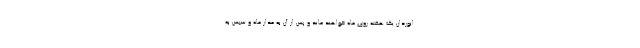
انوردان یک هفته روی ماه خواهند ماند و پس از آن به مدار ماه و سپس به